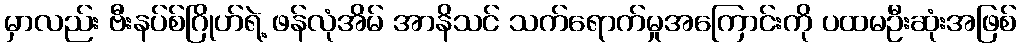
မှာလည်း ဗီးနပ်စ်ဂြိုဟ်ရဲ့ ဖန်လုံအိမ် အာနိသင် သက်ရောက်မှုအကြောင်းကို ပထမဦးဆုံးအဖြစ်